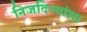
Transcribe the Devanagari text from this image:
निजदिव्यांशा